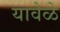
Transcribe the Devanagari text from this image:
यावेळे